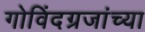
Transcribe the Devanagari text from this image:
गोविंदग्रजांच्या